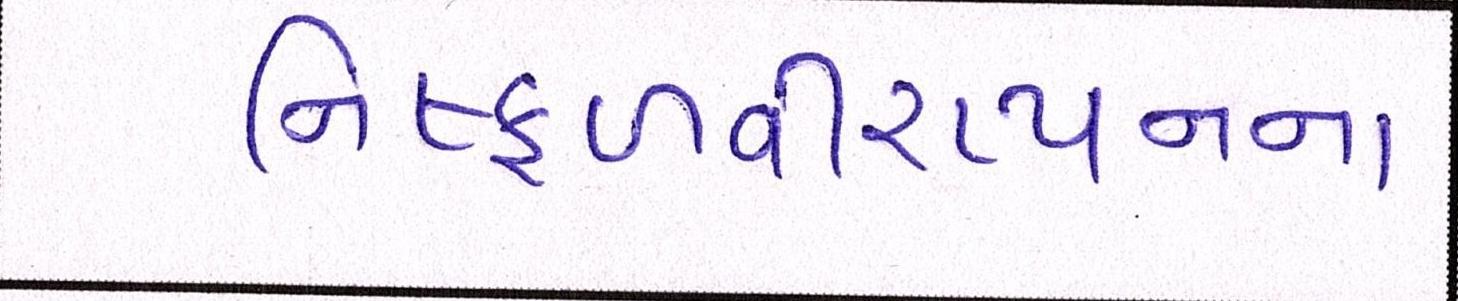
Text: નિષ્ફળવીરપ્પનના